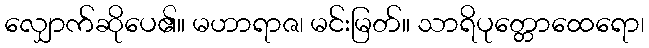
လျှောက်ဆိုပေ၏။ မဟာရာဇ၊ မင်းမြတ်။ သာရိပုတ္တောထေရော၊